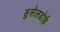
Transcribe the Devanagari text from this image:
डुसेलडोर्फ़